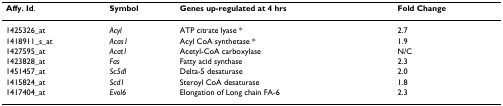
<table><thead><tr><td><b>Affy. Id.</b></td><td><b>Symbol</b></td><td><b>Genes up-regulated at 4 hrs</b></td><td><b>Fold Change</b></td></tr></thead><tbody><tr><td>1425326_at</td><td><i>Acyl</i></td><td>ATP citrate lyase *</td><td>2.7</td></tr><tr><td>1418911_s_at</td><td><i>Acas1</i></td><td>Acyl CoA synthetase *</td><td>1.9</td></tr><tr><td>1427595_at</td><td><i>Acat1</i></td><td>Acetyl-CoA carboxylase</td><td>N/C</td></tr><tr><td>1423828_at</td><td><i>Fas</i></td><td>Fatty acid synthase</td><td>2.3</td></tr><tr><td>1451457_at</td><td><i>Sc5dl</i></td><td>Delta-5 desaturase</td><td>2.0</td></tr><tr><td>1415824_at</td><td><i>Scd1</i></td><td>Steroyl CoA desaturase</td><td>1.8</td></tr><tr><td>1417404_at</td><td><i>Evol6</i></td><td>Elongation of Long chain FA-6</td><td>2.3</td></tr></tbody></table>